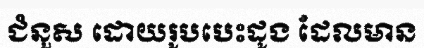
ជំនួស ដោយរូបបេះដូង ដែលមាន